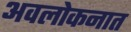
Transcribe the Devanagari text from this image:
अवलोकनात